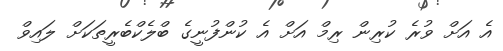
އެ އަށް ވުރެ ކުރިން ރިމް އަށް އެ ކުންފުނީގެ ބްލެކްބެރީތަކަށް ލައިވް